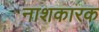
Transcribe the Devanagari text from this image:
नाशकारक